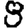
Digit: 8